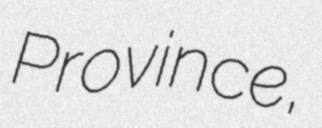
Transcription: Province,